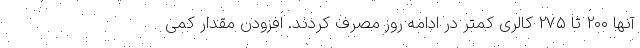
آنها 200 تا 275 کالری کمتر در ادامه روز مصرف کردند. افزودن مقدار کمی